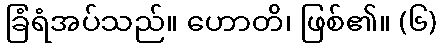
ခြံရံအပ်သည်။ ဟောတိ၊ ဖြစ်၏။ (၆)